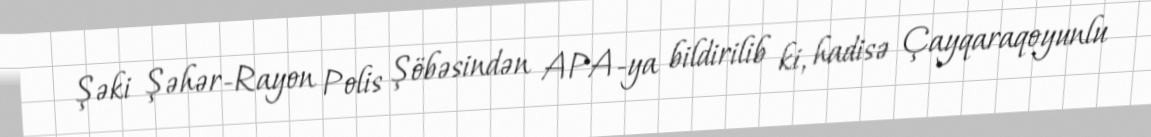
Şəki Şəhər-Rayon Polis Şöbəsindən APA-ya bildirilib ki, hadisə Çayqaraqoyunlu